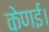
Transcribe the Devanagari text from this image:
केणई।